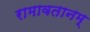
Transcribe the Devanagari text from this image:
रामावतानम्‌